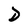
Character: D